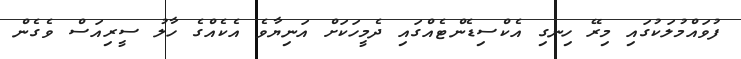
ފުވައްމުލަކުގައި މިރޭ ހިނގި އެކްސިޑެންޓެއްގައި ދެމީހަކަށް އަނިޔާވެ އެކެއްގެ ހާލު ސީރިއަސް ވެގެން